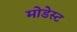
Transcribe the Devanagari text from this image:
मोडेस्ट